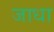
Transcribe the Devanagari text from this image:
जाधा